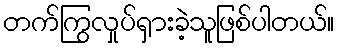
တက်ကြွလှုပ်ရှားခဲ့သူဖြစ်ပါတယ်။